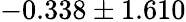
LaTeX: -0.338\pm 1.610